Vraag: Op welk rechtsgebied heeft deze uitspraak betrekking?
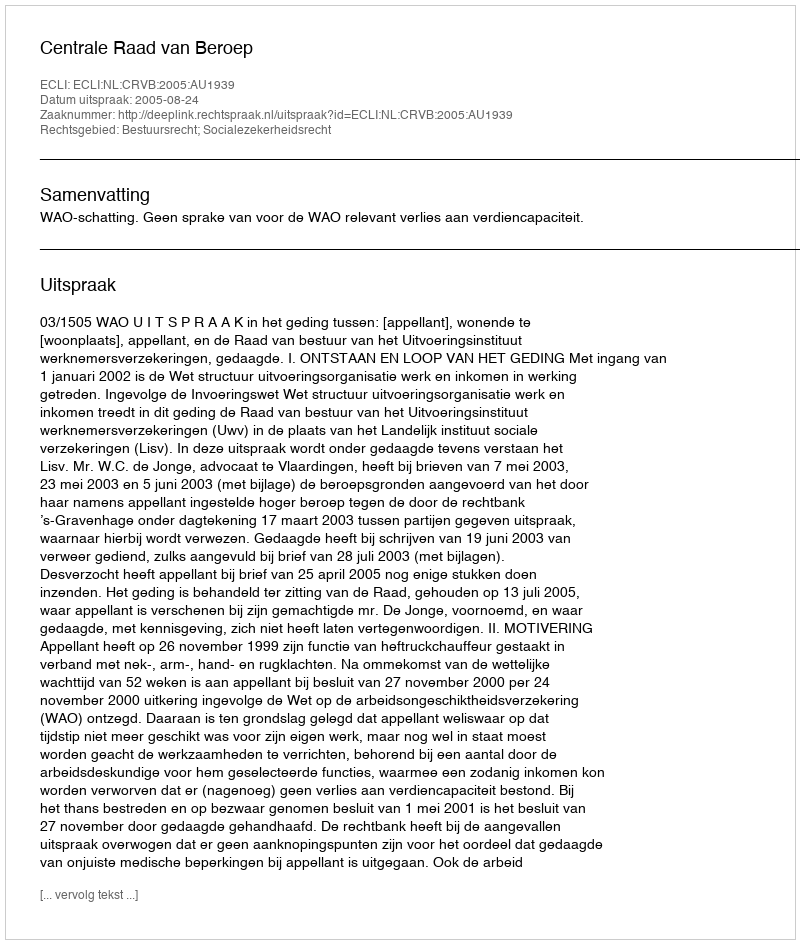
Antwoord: Bestuursrecht; Socialezekerheidsrecht